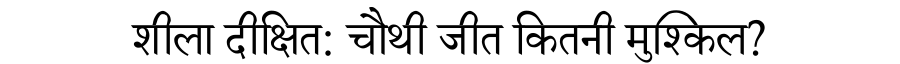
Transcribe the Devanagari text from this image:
शीला दीक्षित: चौथी जीत कितनी मुश्किल?